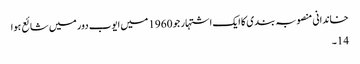
خاندانی منصوبہ بندی کا ایک اشتہار جو 1960 میں ایوب دور میں شائع ہوا
14۔